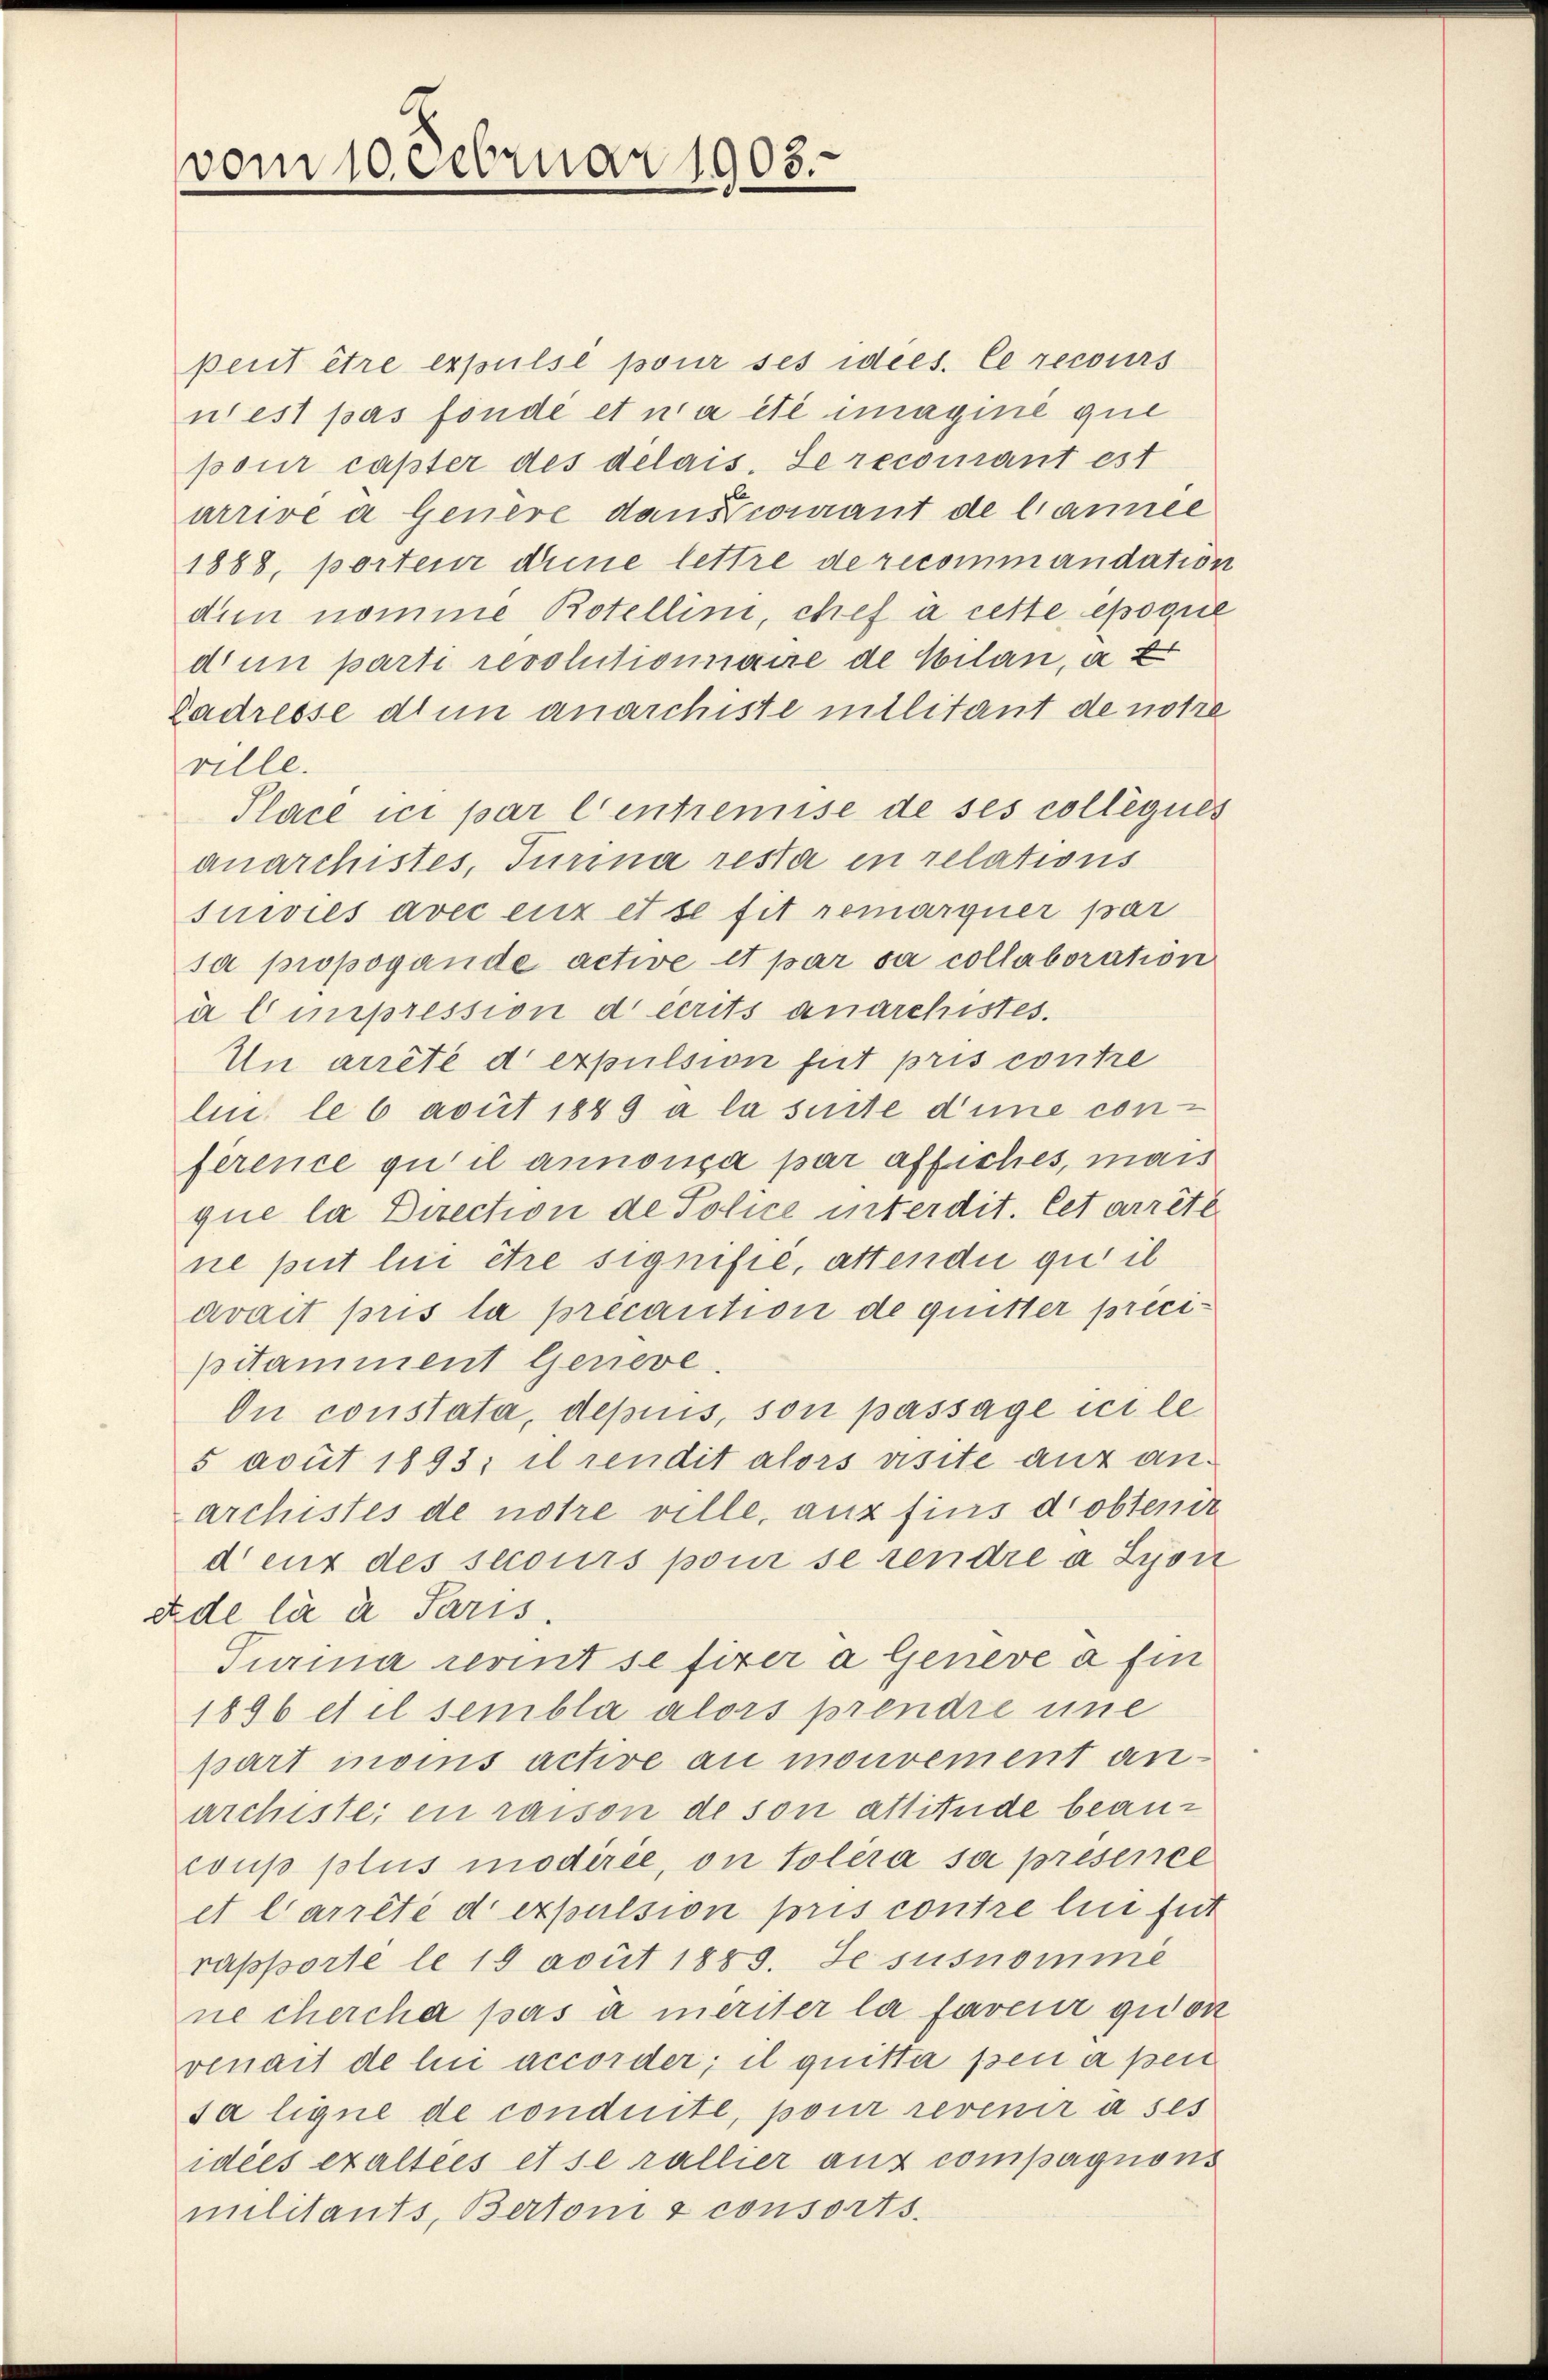
vom 10. Februar 1903.

perit être expulse pour ses idees. Ce recours
n est pas fonde et n’a été imagine que
pour caster des delais. Se recomant est
arrivé a Genere dans courant de lannee
1888, porten deine lettre de recommandation
dien nomme Botellini, chef à cette époque
diun parti revolutionnaire de Cilan, au
Ladresse den anarchiste militant de notre
ville.
Place ici par l’entremise de ses colleques
qnarchistes, Turina resta in relations
suivies avec eux et se fit remarquer par
sa propogande active et par sa collaboration
à l impression decrits anarchistes.
Un arrêté d expulsion fut pris contre
lin le 6 avut 1889 a la suite d’une conférence qu’il annoisa par affiches, mais
que la Direction de Police interdit. Cet arrête.
ne put lui être signifié, attendii qui il
avait pris la précaution de quitter precipitamment Geneve.
On constata, depuis, son passage ici le
5 avut 1893; il rendit alors visite auf anarchistes de notre ville, aux fins d’obtende
denz des secours pour se rendre à Lyon
ex de lie a Paris.
Turina revint se firer a Geneve a fin
1896 et il sembla alors prendre une
part moins active au mouvement anarchiste; en raison de son attitüde beauf
coup plus modirée, on tolera sa présence
et Carrêté d expulsion pris contre lui fut
rapporte le 19 avut 1883. Se susnomme
ne chercha pas à meriter la faveur gidon
venart de lui accorder; il quitta pen a pen
sa ligne de conduite, pour revenir à ses
idées exaltées et se rallier aus compagnons
militants, Bertonis consorts.